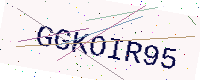
Text: GGKOIR95